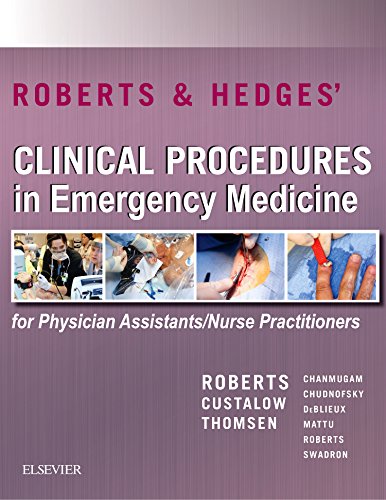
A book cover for Roberts & Hedges' Clinical Procedures in Emergency Medicine for Physician Assistants/Nurse Practitioners Access Code, 1e; James R. Roberts MD  FACEP  FAAEM  FACMT; Medical Books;